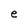
Character: e